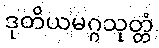
ဒုတိယမဂ္ဂသုတ္တံ